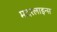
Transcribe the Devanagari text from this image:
मदरलाइन्स